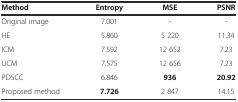
<table><thead><tr><td><b>Method</b></td><td><b>Entropy</b></td><td><b>MSE</b></td><td><b>PSNR</b></td></tr></thead><tbody><tr><td>Original image</td><td>7.001</td><td>-</td><td>-</td></tr><tr><td>HE</td><td>5.860</td><td>5 220</td><td>11.34</td></tr><tr><td>ICM</td><td>7.592</td><td>12 652</td><td>7.23</td></tr><tr><td>UCM</td><td>7.575</td><td>12 656</td><td>7.23</td></tr><tr><td>PDSCC</td><td>6.846</td><td><b>936</b></td><td><b>20.92</b></td></tr><tr><td>Proposed method</td><td><b>7.726</b></td><td>2 847</td><td>14.15</td></tr></tbody></table>